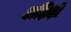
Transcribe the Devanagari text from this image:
अक्षिक्षी